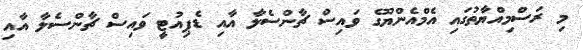
މި ރަސްމިއްޔާތުގައި އެމްއެންޔޫގެ ވައިސް ޗާންސެލާ އާއި ޑެޕިއުޓީ ވައިސް ޗާންސެލާ އާއި